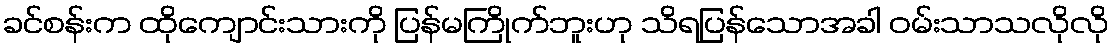
ခင်စန်းက ထိုကျောင်းသားကို ပြန်မကြိုက်ဘူးဟု သိရပြန်သောအခါ ဝမ်းသာသလိုလို